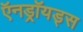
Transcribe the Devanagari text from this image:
ऍनड्रॉयड्स